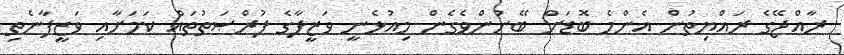
ރާއްޖޭގެ ރައްޔިތުން އެންމެ ބޮޑަށް ބޭނުންވެގެން މިއުޅެނީ ވަޒީފާގެ ފުރްޞަތުތައް ކަމަށާއި ވަޒީފާނެތި